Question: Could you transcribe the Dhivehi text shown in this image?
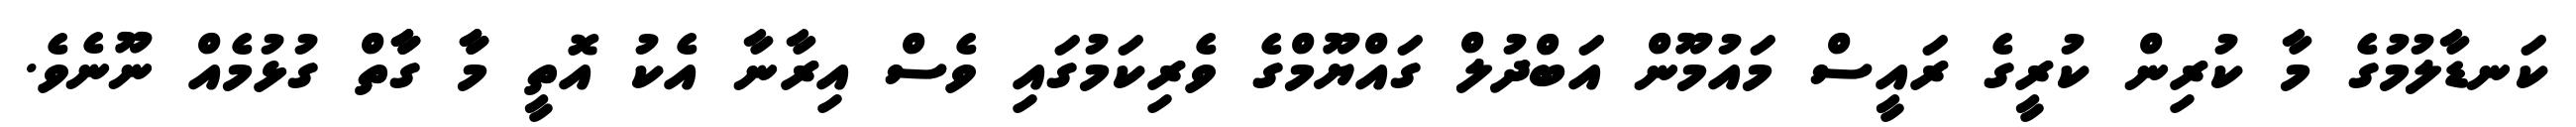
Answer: ކަނޑާލުމުގެ މާ ކުރިން ކުރީގެ ރައީސް މައުމޫން އަބްދުލް ގައްޔޫމްގެ ވެރިކަމުގައި ވެސް އިރާނާ އެކު އޮތީ މާާ ގާާތް ގުޅުމެއް ނޫނެވެ.